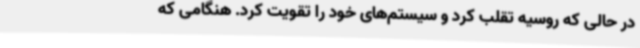
در حالی که روسیه تقلب کرد و سیستم‌های خود را تقویت کرد. هنگامی که